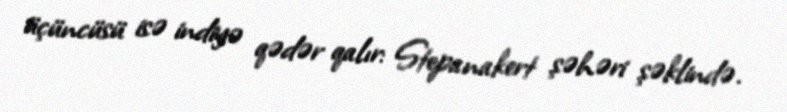
üçüncüsü isə indiyə qədər qalır: Stepanakert şəhəri şəklində.